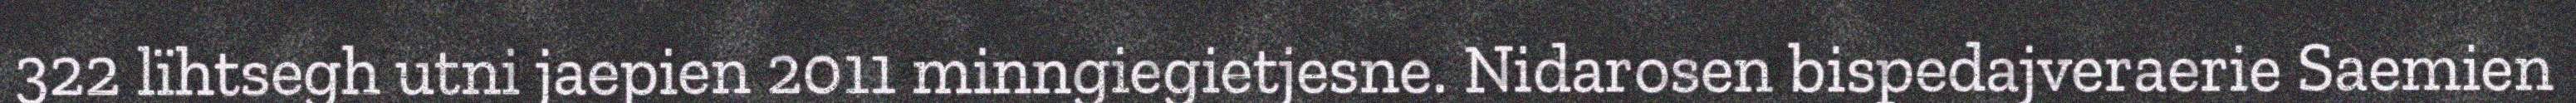
322 lïhtsegh utni jaepien 2011 minngiegietjesne. Nidarosen bispedajveraerie Saemien